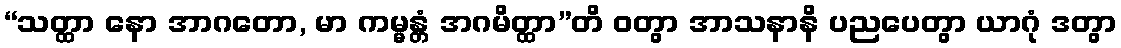
“သတ္ထာ နော အာဂတော, မာ ကမ္မန္တံ အဂမိတ္ထာ”တိ ဝတွာ အာသနာနိ ပညပေတွာ ယာဂုံ ဒတွာ